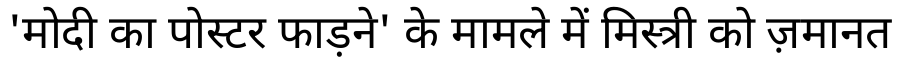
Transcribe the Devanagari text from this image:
'मोदी का पोस्टर फाड़ने' के मामले में मिस्त्री को ज़मानत